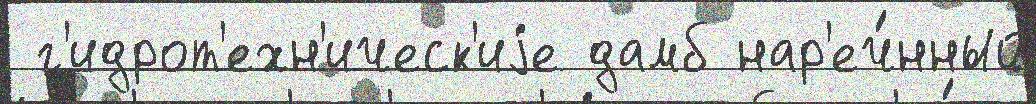
 г'идрот'ехн'ическ'иjе дамб нар'еч́нный